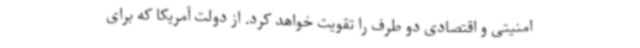
امنیتی و اقتصادی دو طرف را تقویت خواهد کرد. از دولت آمریکا که برای